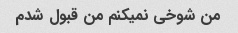
من شوخی نمیکنم من قبول شدم